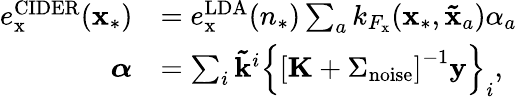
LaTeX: \begin{array}{rl}{e_{\mathrm{x}}^{\mathrm{CIDER}}(\mathbf{x}_{*})}&{=e_{\mathrm{x}}^{\mathrm{LDA}}(n_{*})\sum_{a}k_{F_{\mathrm{x}}}(\mathbf{x}_{*},\mathbf{\tilde{x}}_{a})\alpha_{a}}\\ {\boldsymbol{\alpha}}&{=\sum_{i}\mathbf{\tilde{k}}^{i}\left\{ \left[\mathbf{K}+\Sigma_{\mathrm{noise}}\right]^{-1}\mathbf{y}\right\} _{i},}\end{array}